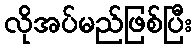
လိုအပ်မည်ဖြစ်ပြီး